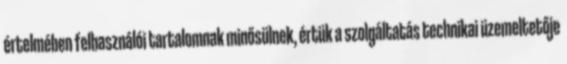
értelmében felhasználói tartalomnak minősülnek, értük a szolgáltatás technikai üzemeltetője